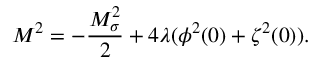
M ^ { 2 } = - \frac { M _ { \sigma } ^ { 2 } } { 2 } + 4 \lambda ( \phi ^ { 2 } ( 0 ) + \zeta ^ { 2 } ( 0 ) ) .